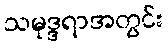
သမုဒ္ဒရာအတွင်း